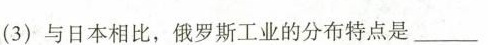
(3)与日本相比，俄罗斯工业的分布特点是_________